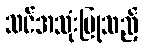
သင်အသုံးပြုသည့်